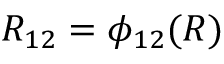
R _ { 1 2 } = \phi _ { 1 2 } ( R )